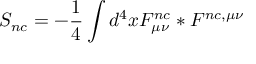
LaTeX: S _ { n c } = - \frac { 1 } { 4 } \int d ^ { 4 } x F _ { \mu \nu } ^ { n c } * F ^ { n c , \mu \nu }